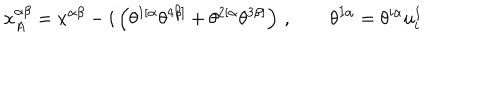
LaTeX: x _ { A } ^ { \alpha \beta } = x ^ { \alpha \beta } - i \left( \theta ^ { 1 [ \alpha } \theta ^ { 4 \beta ] } + \theta ^ { 2 [ \alpha } \theta ^ { 3 \beta ] } \right) \, , \qquad \theta ^ { I \alpha } = \theta ^ { i \alpha } u _ { i } ^ { I }